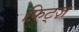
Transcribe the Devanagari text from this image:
फ़िट्ज़